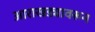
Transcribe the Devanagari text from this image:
आराखड्यावरून